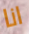
انا